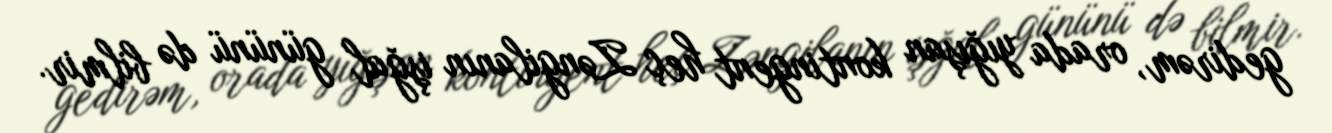
gedirəm, orada yığışan kontingent heç Zəngilanın işğal gününü də bilmir.